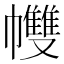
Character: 𢅻